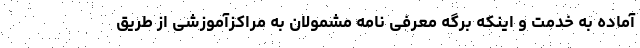
آماده به خدمت و اینکه برگه معرفی نامه مشمولان به مراکزآموزشی از طریق